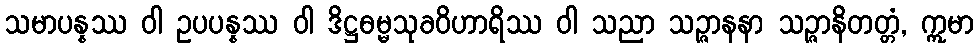
သမာပန္နဿ ဝါ ဥပပန္နဿ ဝါ ဒိဋ္ဌဓမ္မသုခဝိဟာရိဿ ဝါ သညာ သဉ္ဇာနနာ သဉ္ဇာနိတတ္တံ, ဣမာ